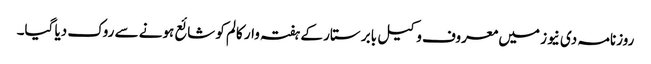
روزنامہ دی نیوز میں معروف وکیل بابر ستار کے ہفتہ وار کالم کو شائع ہونے سے روک دیا گیا۔